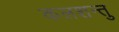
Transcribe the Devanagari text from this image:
कलशन्तु